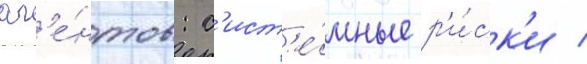
аг'е́нтов: с'ист'е́мные р'и́ск'и /